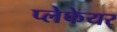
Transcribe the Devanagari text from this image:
प्लेफेयर्